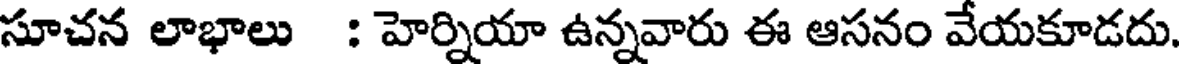
సూచన లాభాలు : హెర్నియా ఉన్నవారు ఈ ఆసనం వేయకూడదు